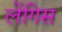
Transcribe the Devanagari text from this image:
लेंगिस